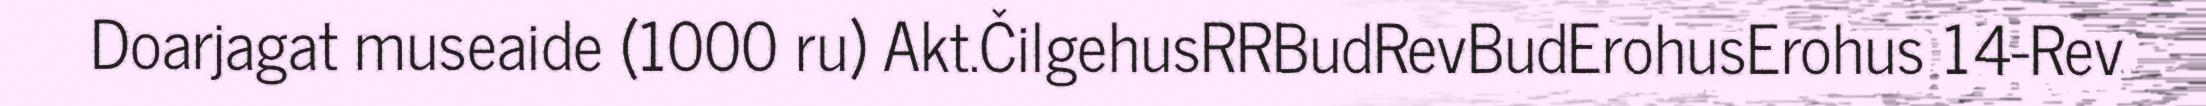
Doarjagat museaide (1000 ru) Akt.ČilgehusRRBudRevBudErohusErohus 14-Rev